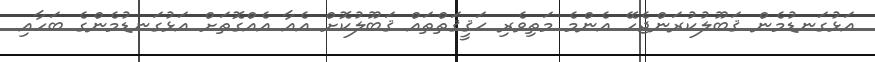
އަޅުގަނޑުމެން ޤަބޫލުކުރަންޖެހޭ އެންމެ މަތިވެރި ޙަޤީޤަތްތައް ޤަބޫލުކޮށް އެއާ އެއްގޮތަށް އަޅުގަނޑުމެންގެ ބަހާއި